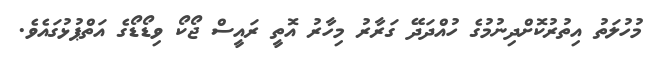
މުހުލަތު އިތުރުކޮށްދިނުމުގެ ހުއްދަދޭ ގަރާރުު މިހާރު އޮތީ ރައީސް ޖޯކޯ ވިޑޯޑޯގެ އަތްޕުޅުގައެވެ.